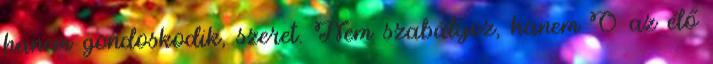
hanem gondoskodik, szeret. Nem szabályoz, hanem Ő az élő